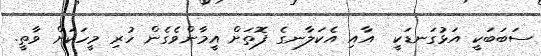
ސަބަބަކީ އަޅުގަނޑަކީ  އާއި އެކަލާނގެ ފޮތަށް އީމާންވެގެން ހުރި މީހަކަށް ވާތީ.